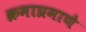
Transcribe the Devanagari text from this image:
क्रमाप्रमाणे